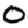
Digit: 0